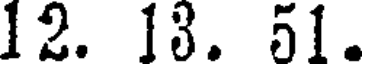
12. 13. 51.